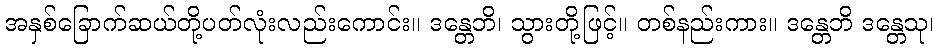
အနှစ်ခြောက်ဆယ်တို့ပတ်လုံးလည်းကောင်း။ ဒန္တေဘိ၊ သွားတို့ဖြင့်။ တစ်နည်းကား။ ဒန္တေဘိ ဒန္တေသု၊